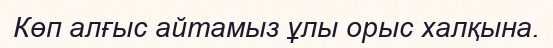
Көп алғыс айтамыз ұлы орыс халқына.